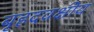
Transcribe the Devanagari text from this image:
बृहदवक्षीय